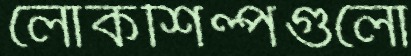
লোকশিল্পগুলো